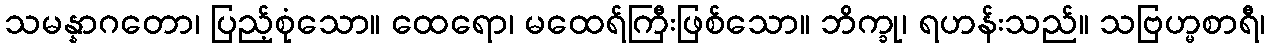
သမန္နာဂတော၊ ပြည့်စုံသော။ ထေရော၊ မထေရ်ကြီးဖြစ်သော။ ဘိက္ခု၊ ရဟန်းသည်။ သဗြဟ္မစာရီ၊